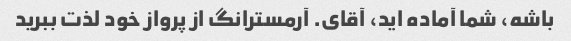
باشه، شما آماده اید، آقای. آرمسترانگ از پرواز خود لذت ببرید